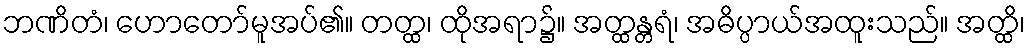
ဘဏိတံ၊ ဟောတော်မူအပ်၏။ တတ္ထ၊ ထိုအရာ၌။ အတ္ထန္တရံ၊ အဓိပ္ပာယ်အထူးသည်။ အတ္ထိ၊